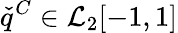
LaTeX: \check{q}^{C}\in\mathcal{L}_{2}[-1,1]